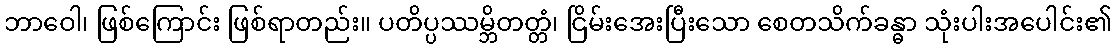
ဘာဝေါ၊ ဖြစ်ကြောင်း ဖြစ်ရာတည်း။ ပတိပ္ပဿမ္ဘိတတ္တံ၊ ငြိမ်းအေးပြီးသော စေတသိက်ခန္ဓာ သုံးပါးအပေါင်း၏